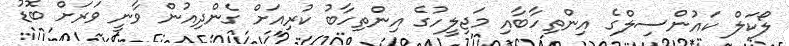
ލޯކަލް ކައުންސިލްގެ އިންތިހާބާއި މަޖިލީހުގެ އިންތިހާބު ކުރިއަށް ގެންދިއުން ވާނީ ވަރަށް ބޮޑު